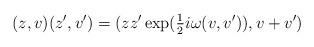
LaTeX: \begin{align*}(z,v)(z',v') = (zz' \exp({\textstyle \frac{1}{2}} i \omega(v,v')), v + v')\,\end{align*}